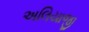
અલિયાજી